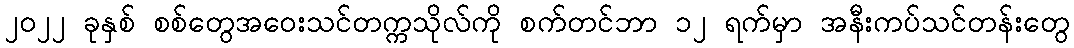
၂၀၂၂ ခုနှစ် စစ်တွေအဝေးသင်တက္ကသိုလ်ကို စက်တင်ဘာ ၁၂ ရက်မှာ အနီးကပ်သင်တန်းတွေ